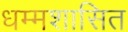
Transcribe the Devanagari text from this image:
धम्मशासित